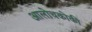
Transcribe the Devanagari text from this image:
आलोचकोकी